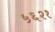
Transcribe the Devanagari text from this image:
५६२१